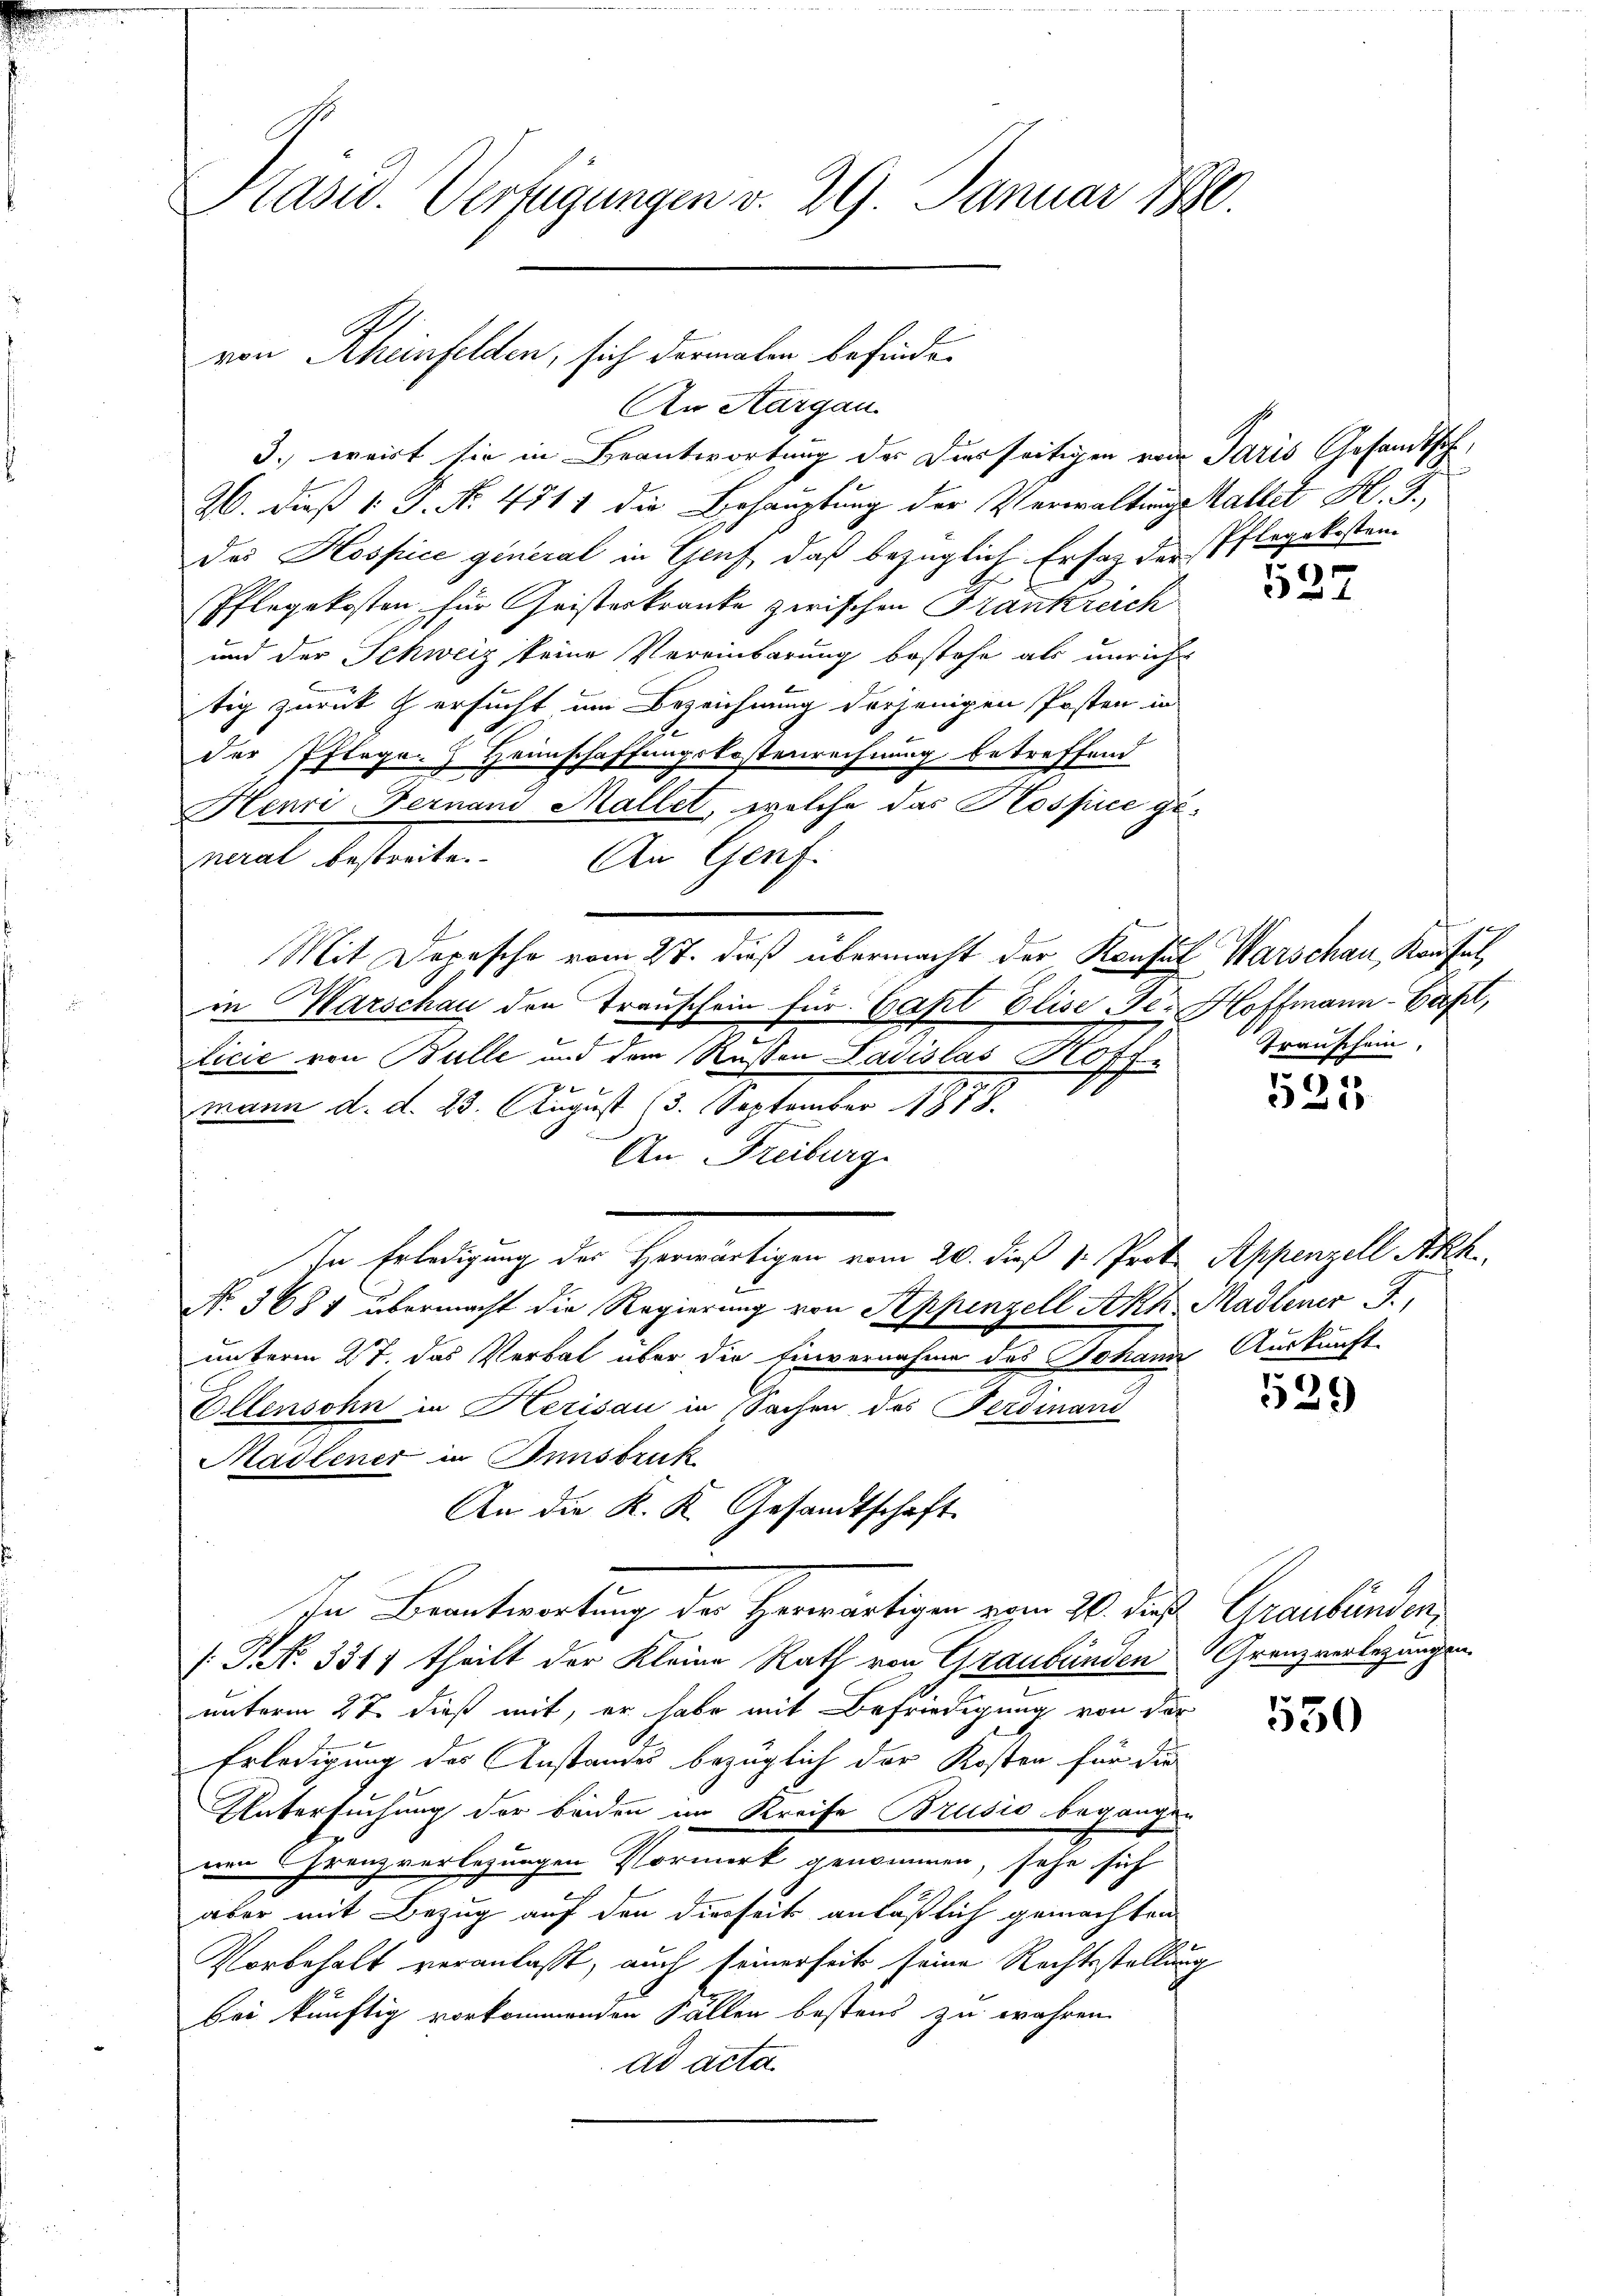
Präsid. Verfügungen v. 29. Januar 1890.

An Aargau.
3.) weirt sie in Beantwortung der Dierseitigen vom Paris Gesandthoh
26. dieß 1: J. N. 4711 die Behauptung der Verwaltungs-Kaltet H. J.,
Des Hospice general in Gruf, daß bezüglich Ersatz der Pflegekosten-
b
Pflegekosten für Geisterkranke zwischen Frankreich
und der Schweiz keine Vereinbarung bestehe als unricht
tig zurück ersucht um Bezeichnung derjenigen Posten in
der Pflegen Heimschaffungskostenrechnung betreffend
Henri Fernand Mallet, welche das Hospice general bestreite. An Genf.
Mit Depesche vom 27. dieß übermacht der Konsul Warschau, Konsul
in Warschau den Transchein für Capt Elise der Hoffmann-Basel,
E
licie von Bulle und dem Rusten Ladislas Hoff-

x
mann d. d. 23. August (3. September 1878.
An Freiburg.
Ien Erledigung der Herwärtigen vom 20. dieß v. Prote Appenzell Ah.
No. 368 1 übermacht die Regierung von Appenzell Akh. Madlener F.,
unterm 27. das Verbal über die Einvernahme des Johann Auskunft-
Ellensohn in Herisau in Sachen des Ferdinand
Hadiener in Innsbruk
An die K. K. Gesandtschaft
In Beantwortung der Herrwärtigen vom 20. das Graubünden,
/T. No 331 theilt der Kleine Rath von Graubünden Granzverlegungen.
unterm 27. dieß mit, er habe mit Befriedigung von der
Erledigung des Anstandes bezüglich der Kosten für die
Untersuchung der beiden im Kreise Brusio begangen
nen Grenz verlegungen Vormerk genommen, sehe sich
aber mit Bezug auf den diesseits anläßlich gemachten
Vorbehalt veranlaßt, auch seinerseits seine Rechtsstellung
bei künftig vorkommenden Fällen bestens zu wahren
ad acta

von Rheinfelden, sich dermalen befinden

527

Transchein,

)
1

529

550